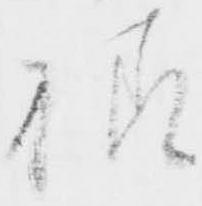
様